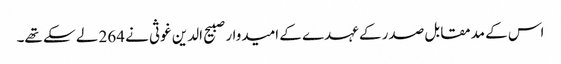
اس کے مدمقابل صدر کے عہدے کے امیدوار صبیح الدین غوثی نے 264 لے سکے تھے۔